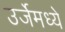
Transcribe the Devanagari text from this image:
उर्जेमध्ये